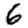
Digit: 6